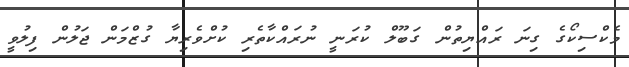
މެކްސިކޯގެ ގިނަ ރައްޔިތުން ގަބޫލް ކުރަނީ ނުރައްކާތެރި ކުށްވެރިޔާ ގުޒްމަން ޖަލުން ފިލުވީ